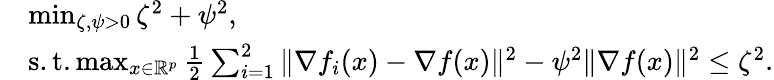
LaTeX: \begin{array}{rl}&{\operatorname*{min}_{\zeta,\psi>0}\zeta^{2}+\psi^{2},}\\ &{\mathrm{s.t.}\operatorname*{max}_{x\in\mathbb{R}^{p}}\frac{1}{2}\sum_{i=1}^{2}\Vert\nabla f_{i}(x)-\nabla f(x)\Vert^{2}-\psi^{2}\Vert\nabla f(x)\Vert^{2}\leq\zeta^{2}.}\end{array}